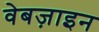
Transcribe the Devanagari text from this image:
वेबज़ाइन